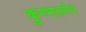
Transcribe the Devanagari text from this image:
कुम्भलमेर